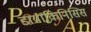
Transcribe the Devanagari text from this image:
डायाकिनिसिस